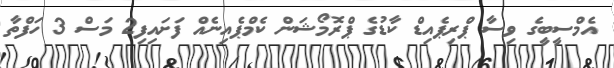
އެމްސީބީގެ ވިސާ ޕްރިޕެއިޑް ކާޑުގެ ޕްރޮމޯޝަން ކެމްޕެއިނެއް ފަށައިފި2 މަސް 3 ހަފްތާ